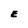
Character: E